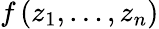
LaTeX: f\left(z_{1},\ldots,z_{n}\right)